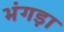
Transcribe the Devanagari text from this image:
भंगड़ा